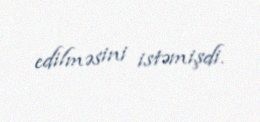
edilməsini istəmişdi.